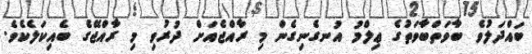
ބައްދަލުވެ ބާވަތްބާވަތުގެ ޢިލްމު އުނގެނިގެން މި ރާއްޖެއަށް ދުރުވި މި ރާއްޖޭގެ ބެއިކަލެކެވެ.